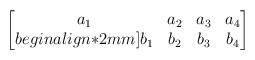
LaTeX: \begin{align*}\begin{bmatrix}a_1 & a_2 & a_3 & a_4 \\begin{align*}2mm]b_1 & b_2 & b_3 & b_4 \end{bmatrix}\end{align*}